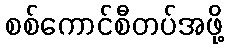
စစ်ကောင်စီတပ်အဖို့